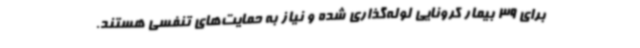
برای 39 بیمار کرونایی لوله‌گذاری شده و نیاز به حمایت‌های تنفسی هستند.